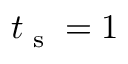
t _ { \textrm { s } } = 1